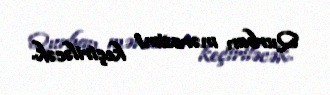
Qurban mərasimi keçiriləcək.